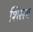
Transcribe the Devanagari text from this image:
शिरस्य